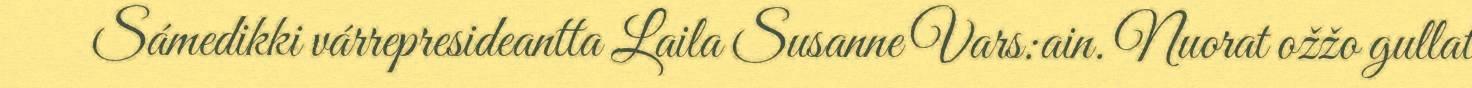
Sámedikki várrepresideantta Laila Susanne Vars:ain. Nuorat ožžo gullat